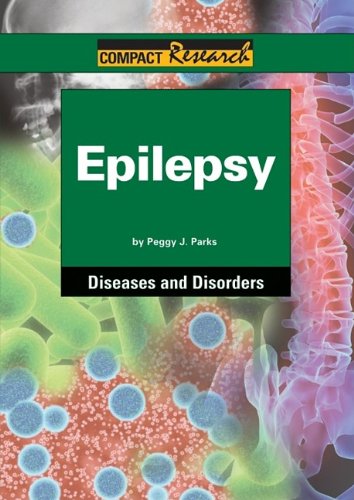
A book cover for Epilepsy (Compact Research Series); Peggy J. Parks; Health, Fitness & Dieting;